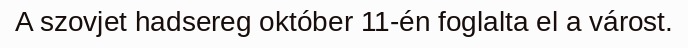
A szovjet hadsereg október 11-én foglalta el a várost.